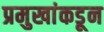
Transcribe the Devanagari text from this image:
प्रमुखांकडून